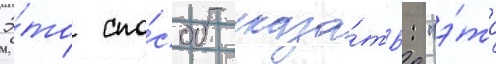
Э́то спо́соб сказа́ть: "э́то